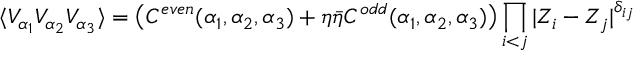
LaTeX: \langle V _ { \alpha _ { 1 } } V _ { \alpha _ { 2 } } V _ { \alpha _ { 3 } } \rangle = \left( C ^ { e v e n } ( \alpha _ { 1 } , \alpha _ { 2 } , \alpha _ { 3 } ) + \eta \bar { \eta } C ^ { o d d } ( \alpha _ { 1 } , \alpha _ { 2 } , \alpha _ { 3 } ) \right) \prod _ { i < j } | Z _ { i } - Z _ { j } | ^ { \delta _ { i j } }